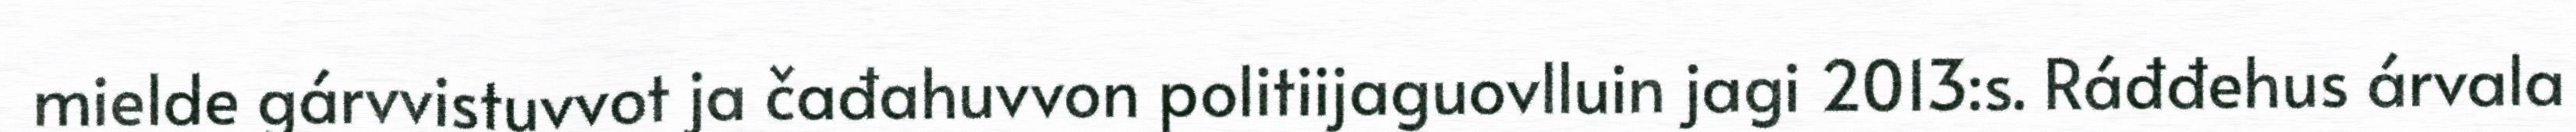
mielde gárvvistuvvot ja čađahuvvon politiijaguovlluin jagi 2013:s. Ráđđehus árvala